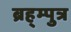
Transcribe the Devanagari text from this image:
ब्रह्म्पुत्र